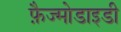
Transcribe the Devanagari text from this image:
फ़ैज्मोडाइडी